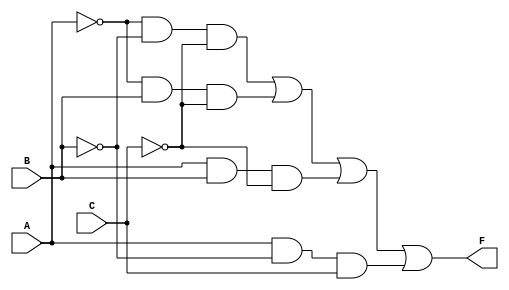
module kmap_3var (
    input wire A,  // Input variable A
    input wire B,  // Input variable B
    input wire C,  // Input variable C
    output wire F  // Output variable F
);

// Define the logic function based on the K-map simplification
// For example, let's assume the following minterms are 1: m0, m1, m2, m5
// This corresponds to the simplified expression: F = A'C' + A'B + AB'
assign F = (~A & ~B & ~C) | (~A & B & ~C) | (A & B & ~C) | (A & ~B & C);

endmodule